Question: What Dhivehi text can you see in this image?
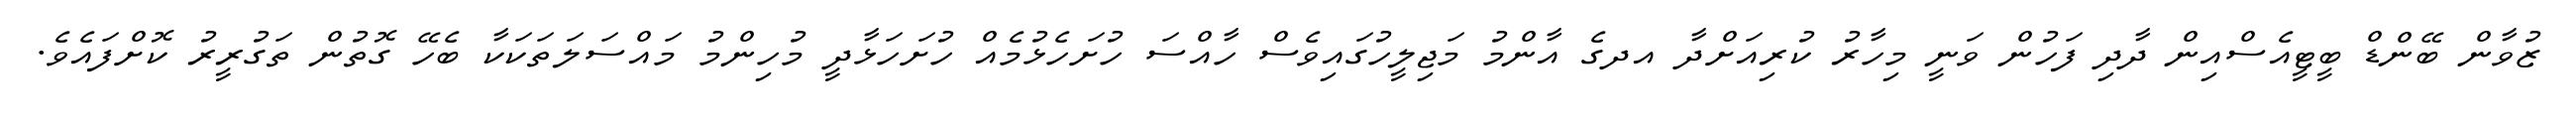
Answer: ޒުވާން ބޭންޑް ބީޓީއެސްއިން ދާދި ފަހުން ވަނީ މިހާރު ކުރިއަށްދާ އދގެ އާންމު މަޖިލީހުގައިވެސް ހާއްސަ ހުށަހެޅުމެއް ހުށަހަޅާދީ މުހިންމު މައްސަލަތަކަކާ ބެހޭ ގޮތުން ތަގުރީރު ކޮށްފައެވެ.